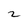
Character: 2